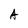
Character: A